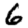
Digit: 6